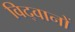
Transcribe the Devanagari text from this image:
विद्‍वानों